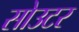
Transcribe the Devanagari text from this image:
सोउटर